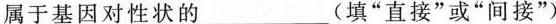
属于基因对性状的___(填“直接”或“间接”)